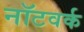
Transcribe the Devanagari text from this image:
नॉटवर्क